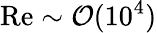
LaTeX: {\mathrm{Re}}\sim\mathcal{O}(10^{4})